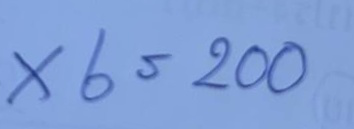
x 6 = 200